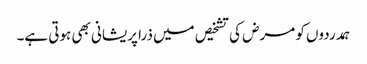
ہمدردوں کو مرض کی تشخیص میں ذرا پریشانی بھی ہوتی ہے۔